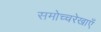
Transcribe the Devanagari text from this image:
समोच्चरेखाएँ